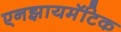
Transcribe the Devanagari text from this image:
एनझायमॅटिक